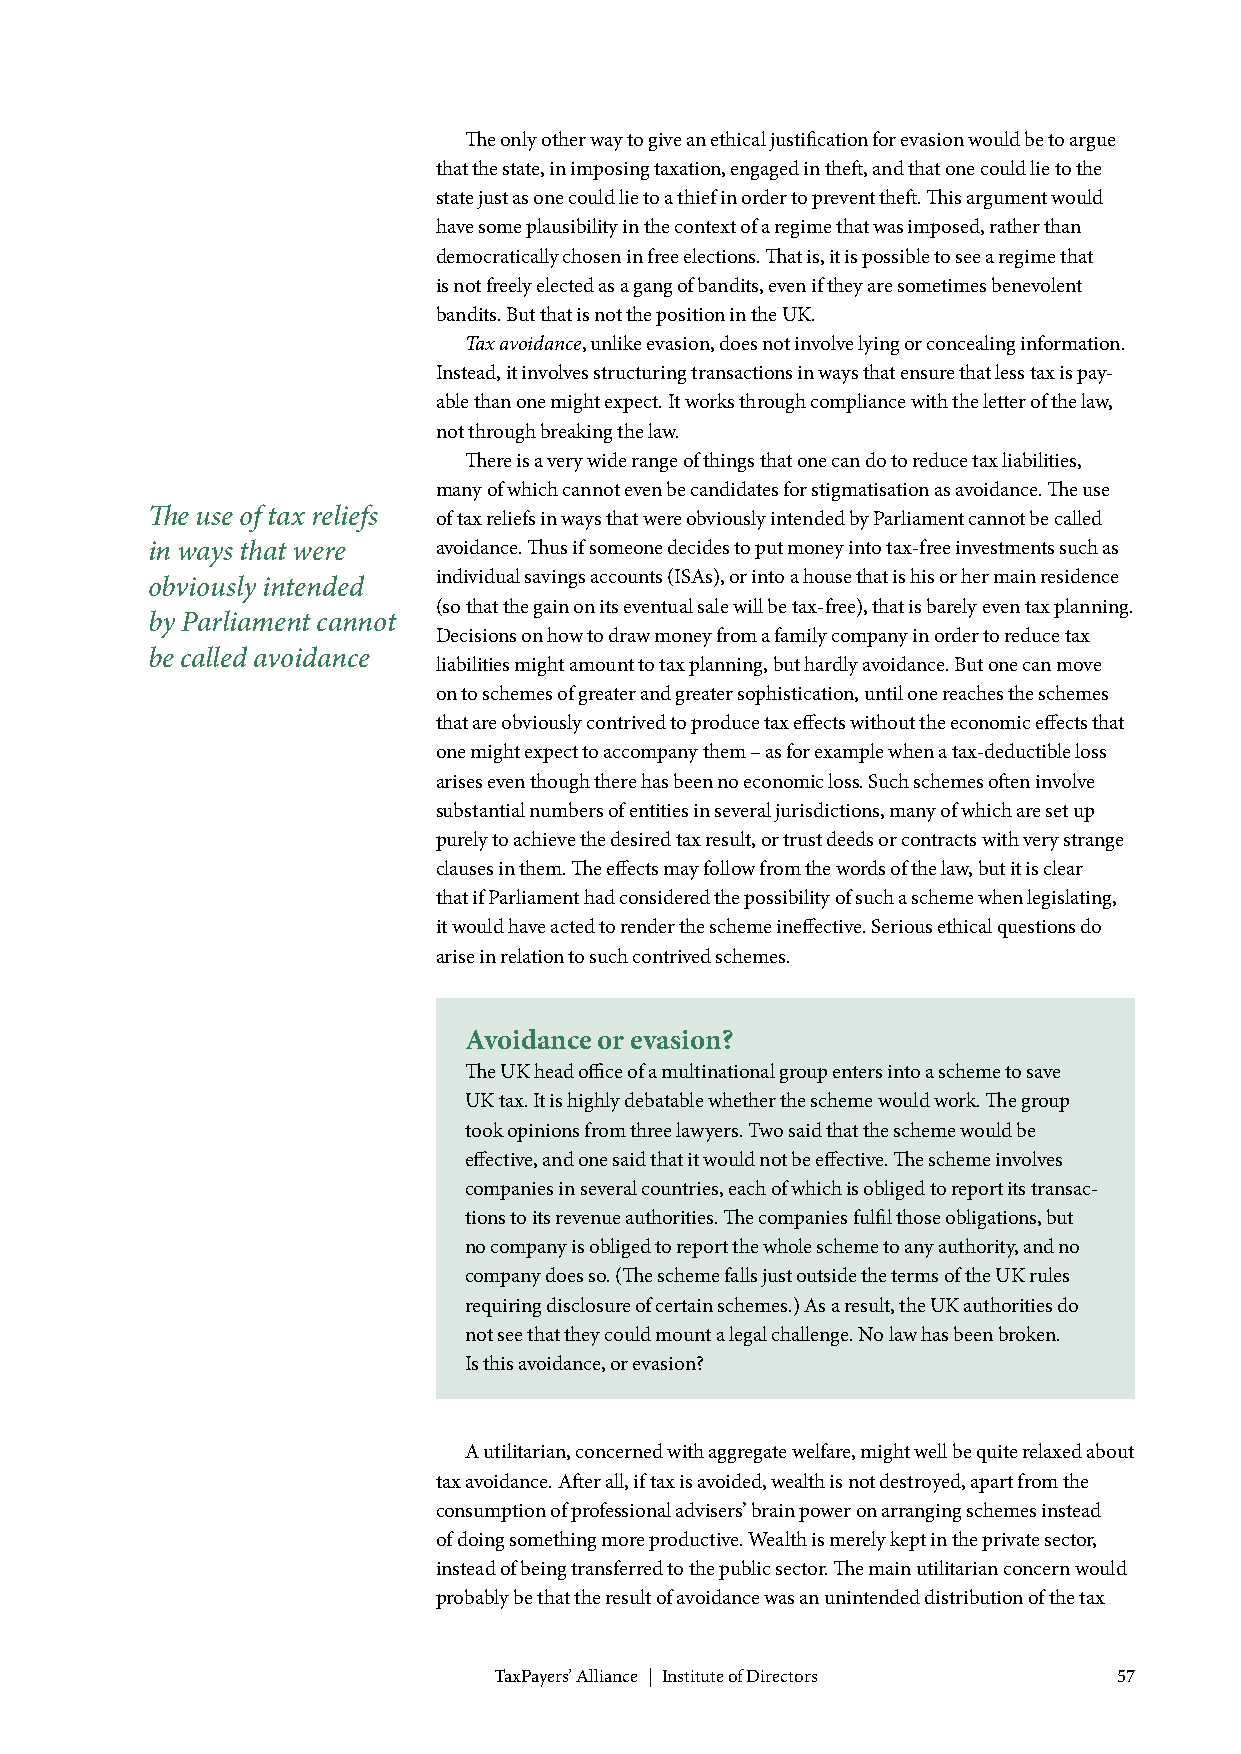
The only other way to give an ethical justification for evasion would be to argue
 that the state, in imposing taxation, engaged in theft, and that one could lie to the
 state just as one could lie to a thief in order to prevent theft. This argument would
 have some plausibility in the context of a regime that was imposed, rather than
 democratically chosen in free elections. That is, it is possible to see a regime that
 is not freely elected as a gang of bandits, even if they are sometimes benevolent
 bandits. But that is not the position in the UK.
 Tax avoidance, unlike evasion, does not involve lying or concealing information.
 Instead, it involves structuring transactions in ways that ensure that less tax is pay-
 able than one might expect. It works through compliance with the letter of the law,
 not through breaking the law.
 There is a very wide range of things that one can do to reduce tax liabilities,
 many of which cannot even be candidates for stigmatisation as avoidance. The use
 The use of tax reliefs of tax reliefs in ways that were obviously intended by Parliament cannot be called
 in ways that were  avoidance. Thus if someone decides to put money into tax-free investments such as
 individual savings accounts (ISAs), or into a house that is his or her main residence
 obviously intended
 (so that the gain on its eventual sale will be tax-free), that is barely even tax planning.
 by Parliament cannot
 Decisions on how to draw money from a family company in order to reduce tax
 be called avoidance
 liabilities might amount to tax planning, but hardly avoidance. But one can move
 on to schemes of greater and greater sophistication, until one reaches the schemes
 that are obviously contrived to produce tax effects without the economic effects that
 one might expect to accompany them – as for example when a tax-deductible loss
 arises even though there has been no economic loss. Such schemes often involve
 substantial numbers of entities in several jurisdictions, many of which are set up
 purely to achieve the desired tax result, or trust deeds or contracts with very strange
 clauses in them. The effects may follow from the words of the law, but it is clear
 that if Parliament had considered the possibility of such a scheme when legislating,
 it would have acted to render the scheme ineffective. Serious ethical questions do
 arise in relation to such contrived schemes.
 Avoidance or evasion?
 The UK head office of a multinational group enters into a scheme to save
 UK tax. It is highly debatable whether the scheme would work. The group
 took opinions from three lawyers. Two said that the scheme would be
 effective, and one said that it would not be effective. The scheme involves
 companies in several countries, each of which is obliged to report its transac-
 tions to its revenue authorities. The companies fulfil those obligations, but
 no company is obliged to report the whole scheme to any authority, and no
 company does so. (The scheme falls just outside the terms of the UK rules
 requiring disclosure of certain schemes.) As a result, the UK authorities do
 not see that they could mount a legal challenge. No law has been broken.
 Is this avoidance, or evasion?
 A utilitarian, concerned with aggregate welfare, might well be quite relaxed about
 tax avoidance. After all, if tax is avoided, wealth is not destroyed, apart from the
 consumption of professional advisers’ brain power on arranging schemes instead
 of doing something more productive. Wealth is merely kept in the private sector,
 instead of being transferred to the public sector. The main utilitarian concern would
 probably be that the result of avoidance was an unintended distribution of the tax
 TaxPayers’ Alliance | Institute of Directors 57